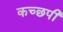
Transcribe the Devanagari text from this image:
कच्छपी